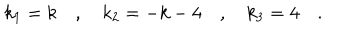
k _ { 1 } = k \quad , \quad k _ { 2 } = - k - 4 \quad , \quad k _ { 3 } = 4 \quad .